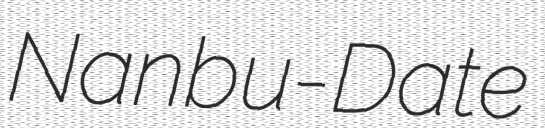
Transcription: Nanbu-Date